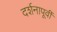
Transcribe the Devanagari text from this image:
दर्शनापूर्वी